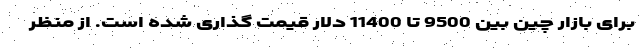
برای بازار چین بین 9500 تا 11400 دلار قیمت گذاری شده است. از منظر